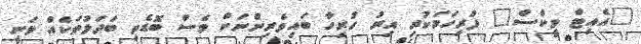
"އެއިޓް ވީކްސް" ފުރިހަމަކުރި އިރު ހުރިހާ ބައިވެރިންނަށް ވެސް ބޮޑެތި ބަދަލުތަކެއް ވަނީ